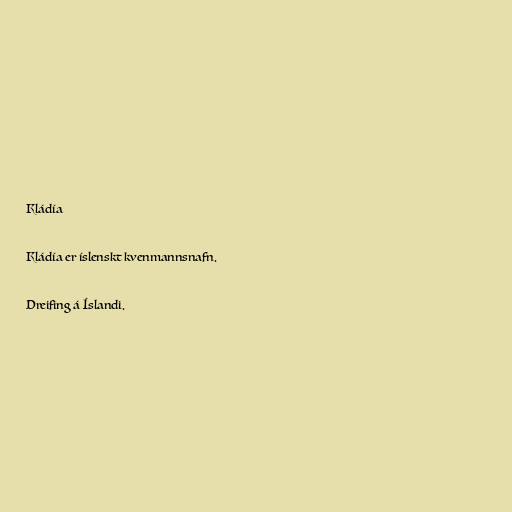
Kládía

Kládía er íslenskt kvenmannsnafn.

Dreifing á Íslandi.